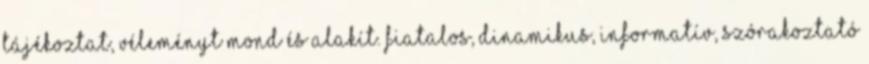
tájékoztat, véleményt mond és alakít. Fiatalos, dinamikus, informatív, szórakoztató